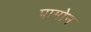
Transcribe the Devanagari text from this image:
पामोन